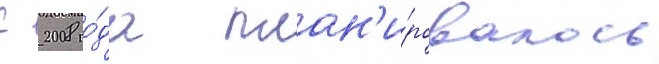
С 2008 го́да план'и́ровалось